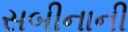
સબીનાની